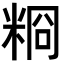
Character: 𥺂